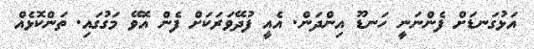
އަޅުގަނޑަށް ފެންނަނީ ހަނޑޫ އިންދަން. އެއީ ފުދޭވަރަކަށް ފެން އޮވޭ މަގުގައި. ތަންކޮޅެއް